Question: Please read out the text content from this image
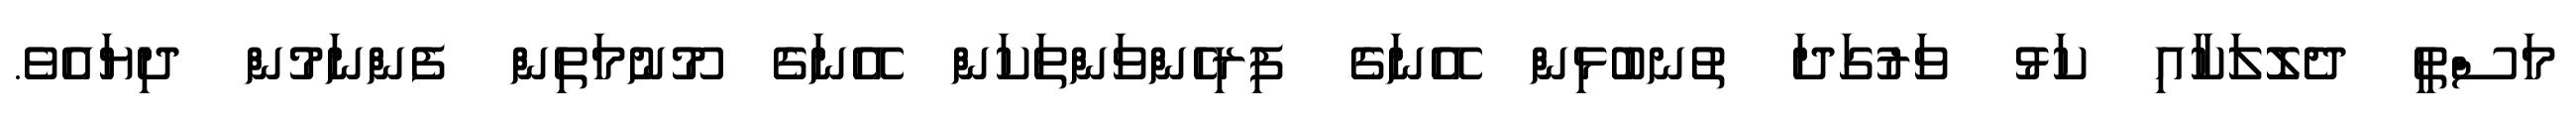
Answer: މަސްތީ ދެލޮލަކާއި ކަޅު ވަރުގަދަ ތުނބުޅިން އޭނަގެ ފިރިހެންވަންތަކަން އޭނަގެ މޫނުމަތިން ފެންނަމުން ދިޔައެވެ.